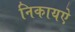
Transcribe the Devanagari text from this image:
निकायऐ